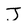
Character: J